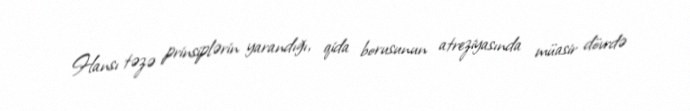
Hansı təzə prinsiplərin yarandığı, qida borusunun atreziyasında müasir dövrdə